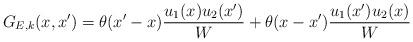
LaTeX: \begin{align*}G_{E,k}(x,x') = \theta(x'-x) \frac{u_1(x) u_2(x')}{W} +\theta(x-x') \frac{u_1(x') u_2(x)}{W}\end{align*}